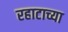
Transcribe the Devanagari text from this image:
रहाटाच्या